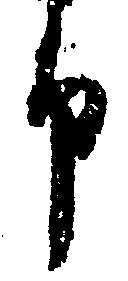
申